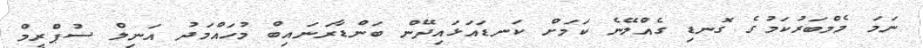
ނަމަ މެމްބަރުކަމުގެ ގޮނޑި ގެއްލޭނެ ކަމަށް ކަނޑައަޅައިދޭން ބަންޑާރަނައިބް މުހައްމަދު އަނިލް ސުޕްރީމް